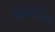
એનપીટીના